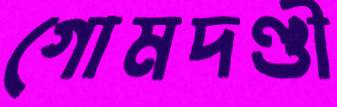
গোমদণ্ডী